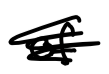
Text: of
Cross-out: scratch
Writing tool: digital_black